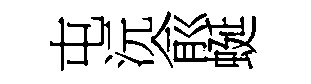
屯沅兪蜒